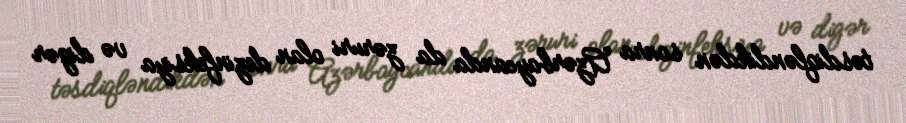
təsdiqləndikdən sonra Azərbaycanda da zəruri olan dezinfeksiya və digər